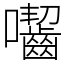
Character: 囓